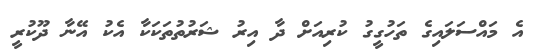
އެ މައްސަލައިގެ ތަހުގީގު ކުރިއަށް ދާ އިރު ޝަރުތުތަކަކާ އެކު އޭނާ ދޫކުރީ